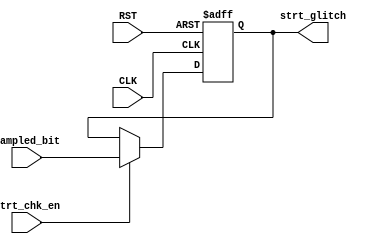
module start_check (
	input wire CLK,
	input wire RST,
	input wire strt_chk_en ,
	input wire sampled_bit ,

	output reg strt_glitch	

);

	always @(posedge CLK or negedge RST) begin

		if(!RST) begin
			strt_glitch <= 'b0 ;
		end

		else if(strt_chk_en) begin
			strt_glitch <= sampled_bit ;
		end
	
	end

endmodule